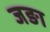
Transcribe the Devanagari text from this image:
जङा